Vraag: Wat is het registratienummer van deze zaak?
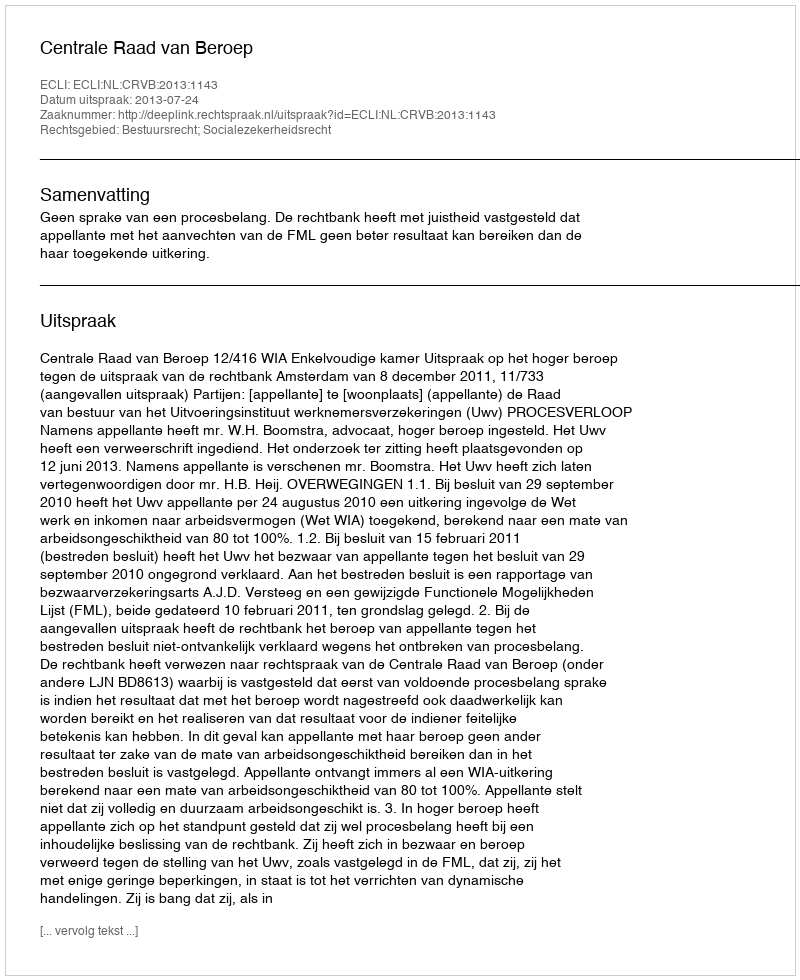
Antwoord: http://deeplink.rechtspraak.nl/uitspraak?id=ECLI:NL:CRVB:2013:1143